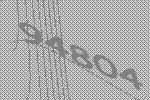
94804